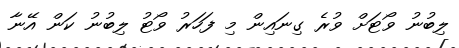
ލިބުނު ވޯޓަށް ވުރެ ގިނައިން މި ފަހަރު ވޯޓު ލިބުނު ކަން އޭނާ